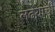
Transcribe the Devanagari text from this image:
लढय़ाची